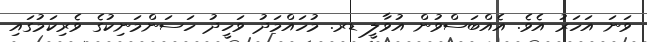
ވަނަ އަހަރު އެވެ. އެއްބަސްވުން އުވާލީ ޑރ. މުހައްމަދު ވަހީދު ހަސަންމަނިކުގެ ވެރިކަމުގައި